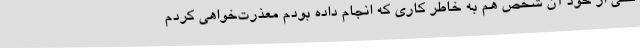
حتی از خود آن شخص هم به خاطر کاری که انجام داده بودم معذرت‌خواهی کردم